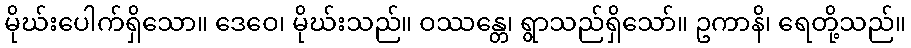
မိုဃ်းပေါက်ရှိသော။ ဒေဝေ၊ မိုဃ်းသည်။ ဝဿန္တေ၊ ရွာသည်ရှိသော်။ ဥကာနိ၊ ရေတို့သည်။